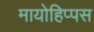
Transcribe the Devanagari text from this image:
मायोहिप्पस